Vital statistics of India. Vol. VI, European troops 1870-79
Year: 1870
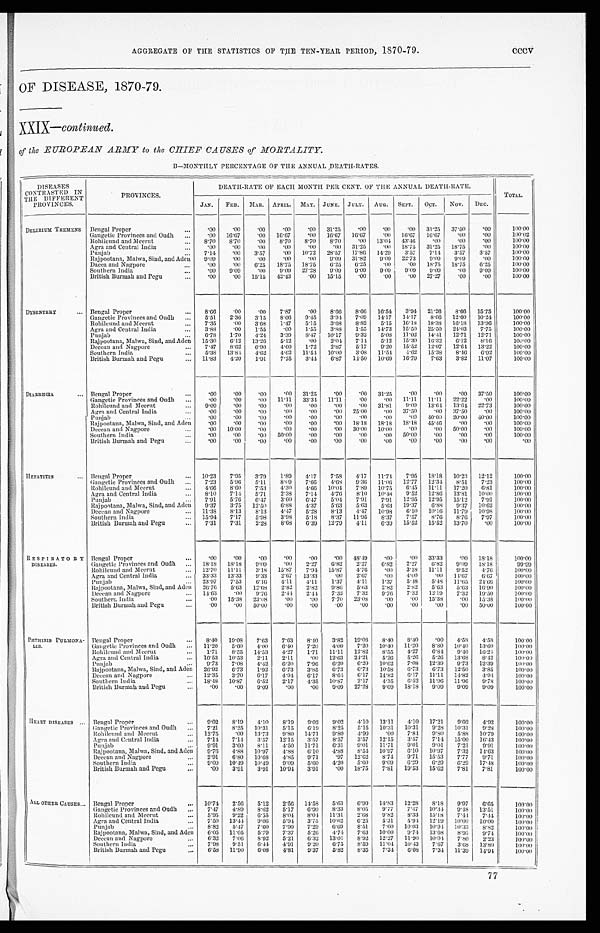
AGGREGATE OF THE STATISTICS OF THE TEN-YEAR PERIOD, 1870-79.
OF DISEASE, 1870-79.
XXIX— continued.
of the EUROPEAN ARMY to the CHIEF CAUSES of MORTALITY.
B—MONTHLY PERCENTAGE OF THE ANNUAL DEATH-RATES.
DISEASES
CONTRASTED IN
THE DIFFERENT
PROVINCES.
PROVINCES.
DEATH-RATE OF EACH MONTH PER CENT. OF THE ANNUAL DEATH-RATE.
TOTAL.
JAN. FEB. MAR. APRIL. MAY. JUNE. JULY. AUG. SEPT. OCT. NOV. DEC.
DELIRIUM TREMENS Bengal Proper
... .00 .00 .00 .00 .00 31.25 .00 .00 .00 31.25 37.50 .00
100.00
Gangetic Provinces and Oudh ... .00 16.67 .00 16.67 .00 16.67 16.67 .00 16.67 16.67 .00 .00
100.02
Rohilcund and Meerut
. . . 8.70 8.70 .00 8.70 8.70 8.70
.00 13.04 43.46 .00 .00 .00
100. 00
Agra and Central India
... .00 .00
.00 .00
.00 .00 31.25
.00 18.75 31.25 18.75 .00
100.00
Punjab
... 7.14 .00 3.57
.00 10.72 28.57 17.86 14.29 3.57 7.14 3.57 3.57
100. 00
Rajpootana, Malwa, Sind, and Aden 9.09 .00 .00 .00 .00 9.09 31.82 9.09 22.73 9.09 9.09 .00
100. 00
Dacca and Nagpore
... .00
.00 6.25 18.75 18.75 6.25 6.25 .00
.00 18.75 18.75 6.25
100.00
Southern India
... .00 9.09 .00
9.09 27.28 9.09 9.09 9.09 9.09 9.09 .00 9.09
100. 00
British Burmah and Pegu
... .00 .00 15.15 42.43 .00 15.15 .00 .00 .00 27.27 .00 .00
100. 00
DYSENTERY
... Bengal Proper
... 8.66 .00 .00 7.87 .00 8.66 8.66 16.54 3.94 21.26 8.66 15.75
100. 00
Gangetic Provinces and Oudh
. . . 5.51 2.36 3.15 8.66 9.45 3.94 7.09 14.17 14.17 8.66 12.60 10.24
100.00
Rohilcund and Meerut
... 7.35 .00 3.68 1.47 5.15 3.68 8.82 5.15 16.18 18.38 16.18 13.96
100.00
Agra and Central India
... 3.88 .00 1.55 .00 1.55 3.88 1.55 14.73 15.50 25.50 24.03 7.75
100. 00
Punjab
... 6.78 1.70 4.24 3.39 8.47 10.17 9.32 5.08 11.02 14.41 12.71 12.71
100. 00
Rajpootana, Malwa, Sind, and Aden 15.30 6.12 13.26 5.12 .00 2.04 7.14 5.12 15.30 16.32 6.12 8.16
100.00
Deccan and Nagpore
... 7.47 8.62 6.90 4.60 1.72 2.87 5.17 9.20 15.52 12.07 12.64 13.22
100.00
Southern India
... 5.38 13.84 4.62 4.62 11.54 10.00 3.08 11.54 4.62 15.38 8.46 6.92
100.00
British Burmah and Pegu
... 11.83 4.20 1.91 7.25 3.44 6.87 14.50 10.69 16.79 7.63 3.82 11.07
100.00
DIARRHŒA
... Bengal Proper
... .00
.00 .00 .00 31.25 .00 .00 31.25 .00 .00 .00 37.50
100. 00
Gangetic Provinces and Oudh ... .00 .00 .00 11.11 33.34 11.11 .00 .00 11.11 11.11 22.22 .00
100.00
Rohilcund and Meerut
... 9.09 .00 .00
. 0 0 .00 .00
.00 31.81 9.09 13.64 13.64 22.73
100. 00
Agra and Central India
.00 .00 .00
.00
.00
.00 25.00 .00 37.50
.00 37.50 .00
100.00
Punjab
...
.00 .00 .00 .00 .00 .00 .00 .00
.00 40.00 20.00 40.00
100.00
Rajpootana, Malwa, Sind, and Aden
.00 .00 .00 .00 .00 .00 18.18 18.18 18.18 45.46 .00 .00
100. 00
Deccan and Nagpore
... .00 10.00 .00 .00 .00
. 00 30.00 10.00 .00 .00 50.00 .00
100.00
Southern India
... .00 .00 .00 50.00 .00 .00 .00 .00 50.00 .00 .00 .00
100. 00
British Burmah and Pegu
. . .
. 0 0
.00 .00 .00 .00 .00 .00 .00 .00 .00 .00
. 0 0
.00
HEPATITIS
... Bengal Proper
... 10.23 7.95 3.79 1.89 4.17 7.58 4.17 11.74 7.95 18.18 10.23 12.12
100. 00
Gangetic Provinces and Oudh ... 7.23 5.96 5.11 8.69 7.66 4.68 9.36 11.06 12.77 12.34 8.51 7.23
100.00
Rohilcund and Meerut
... 4.66 8.60 7.53 4.30 4.66 10.04 7.89 10.75 6.45 11.11 17.20 6.81
100.00
Agra and Central India
. . . 8.10 7.14 5.71 2.38 7.14 4.76 81.0 10.48 9.52 12.86 13.81 10.00
100.00
Punjab
... 7.91 5.76 6.47 3.60 6.47 5.04 7.91 7.91 12.95 12.95 15.12 7.91
100. 00
Rajpootana, Malwa, Sind, and Aden 9.37 3.75 12.50 6.88 4.37 5.63 5.63 5.63 19.37 6.88 9.37 10.62
100.00
Deccan and Nagpore
... 11.38 8.13 8.13 4.47 5.28 8.13 4.47 10.98 6.10 10.16 11.79 10.98
100.00
Southern India
. . . 15.94 7.17 5.98 3.98 5.18 8.37 11.95 8.37 7.57 8.76 8.76 7.97
100.00
British Burmah and Pegu
... 7.31 7.31 2.28 8.68 6.39 12.79 4.11 6.39 15.52 15.52 13.70 .00
100.00
RESPIRATORY
D I S E A S E S .
Bengal Proper
... .00 .00 .00 .00 .00 .00 48.49 .00 .00 33.33 .00 18.18
100. 00
Gangetic Provinces and Oudh ... 18.18 18.18 9.09 .00 2.27 6.82 2.27 6.82 2.27 6.82 9.09 18.18
99.99
Rohilcund and Meerut
... 12.70 11.11 3.18 15.87 7.94 15.87 4.76 .00 3.18 11.11 9.52 4.76
100. 00
Agra and Central India
... 33.33 13.33 9.33 2.67 13.33 .00 2.67 .00 4.00 .00 14.67 6.67
100. 00
Punjab
... 23.97 7.53 6.16 4.11 4.11 1.37 4.11 1.37 5.48 5.48 11.65 24.66
100.00
Rajpootana, Malwa, Sind, and Aden 26.76 5.63 12.68 2.82 2.82 9.86 5.63 2.82 2.82 5.63 5.63 16.90
100.00
Deccan and Nagpore
... 14.63 .00 9.76 2.44 2.44 7.32 7.32 9.76 7.32 12.19 7.32 19.50
100.00
Southern India
... .00 15.38 23.08 .00 .00 7.70 23.08 .00 .00 15.38 .00 15.38
100. 00
British Burmah and Pegu
. . .
.00 .00 50.00 .00 .00 .00 .00 .00 .00 .00 .00 50.00
100.00
PHTHISIS PULMONA-
LIS.
Bengal Proper
... 8.40 19.08 7.63 7.63 8.40 3.82 19.08 8.40 8.40 .00 4.58 4.55
100. 00
Gangetic Provinces and Oudh
. . . 11.20 5.60 4.00 6.40 7.20 4.00 7.20 10.40 11.20 8.80 10.40 13.60
100. 00
Rohilcund and Meerut
... 1.71 8.55 14.53 4.27 1.71 11.11 12.82 8.55 4.27 6.84 9.40 16.24
100.00
Agra and Central India
... 10.53 10.53 2.11 2.11
.00 12.63 24.21 5.26 5.26 5.26 13.68 8.42
100.00
Punjab
... 9.73 7.08 4.42 6.20 7.96 6.20 6.20 10.62 7.08 12.39 9.73 12.39
1 0 0 . 0 0
Rajpootana, Malwa, Sind, and Aden 26.92 6.73 1.92 6.73 3.85 6.73 6.73 10.58 6.73 6.73 12.50 3.85
100.00
Deccan and Nagpore
... 12.35 3.70 6.17 4.94 6.17 8.64 6.17 14.82 6.17 11.11 14.82 4.94
100.00
Southern India
... 18.48 10.87 6.52 2.17 4.35 10.87 2.17 4.35 6.52 11.96 11.96 9.78
100.00
British Burmah and Pegu
... .00 .00 9.09 .00 .00 9.09 27.28 9.09 18.18 9.09 9.09 9.09
100.00
HEART DISEASES ... Bengal Proper
... 9.02 8.19 4.10 8.19 9.02 9.02 4.10 13.11 4.10 17.21 9.02 4.92
100.00
Gangetic Provinces and Oudh ... 7.21 8.25 10.31 5.15 6.19 8.25 5.15 10.31 10.31 9.28 10.31 9.28
100.00
Rohilcund and Meerut
... 12.75 .00 13.73 9.80 14.71 9.80 4.90 .00 7.84 9.80 5.88 10.79
100. 00
Agra and Central India
... 7.14 7.14 3.57 12.15 3.57 8.57 3.57 12.15 3.57 7.14 15.00 16.43
100. 00
Punjab
. . . 9.91 3.60 8.11 4.50 11.71 6.31 9.01 11.71 9.01 9.01 7.21 9.91
100. 00
Rajpootana, Malwa, Sind, and Aden 9.76 4.88 10.97 4.88 6.10 4.88 8.54 10.97 6.10 10.97 7.32 14.63
100. 00
Deccan and Nagpore
... 2.91 6.80 10.68 4.85 9.71 .97 12.62 8.74 9.71 15.53 7.77 9.71
100.00
Southern India
... 9.09 10.49 10.49 9.09 5.60 4.20 5.60 9.09 6.29 6.29 6.29 17.48
100.00
British Burmah and Pegu
. . . .00 3.91 3.91 10.94 3.91 .00 18.75 7.81 19.53 15.62 7.81 7.81
100. 00
ALL OTHER CAUSES ... Bengal Proper
... 10.74 2.56 5.12 2.56 14.58 5.63 6.90 14.83 12.28 8.18 9.97 6.65
1 0 0 . 0 0
Gangetic Provinces and Oudh ... 7.47 4.89 8.69 5.17 6.90 8.33 8.05 9.77 7.47 10.34 9.48 13.51
100. 00
Rohilcund and Meerut
... 5.95 9.22 6.55 8.04 8.04 11.31 2.68 9.82 8.33 15.18 7.44 7.44
100.00
Agra and Central India
... 7.50 13.44 9.06 5.94 3.75 10.69 6.25 5.31 5.94 12.19 10.00 10.00
100. 00
Punjab
... 8.82 5.47 7.60 7.90 7.29 6.69 8.51 7.60 10.03 10.94 10.33 8.82
100.00
Rajpootana, Malwa, Sind, and Aden 6.05 11.05 5.79 7.37 5.26 4.74 7.63 10.00 9.74 13.68 8.95 9.74
100.00
Deccan and Nagpore
... 6.32 7.06 8.92 5.21 6.32 13.01 8.92 12.27 11.90 10.04 7.80 2.23
100.00
Southern India
... 7.98 9.51 6.44 4.91 9.20 6.75 8.59 11.04 10.43 7.67 3.68 13.80
100.00
British Burmah and Pegu
... 6.58 11.90 6.08 4.81 9.37 5.82 8.35 7.34 6.08 7.34 11.39 14.94
100.00
cccv
77